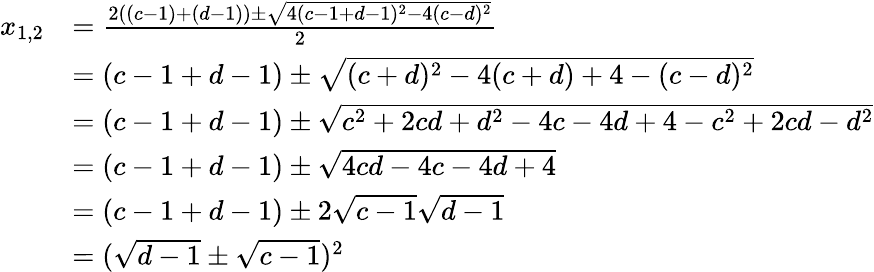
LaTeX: \begin{array}{rl}{x_{1,2}}&{=\frac{2((c-1)+(d-1))\pm\sqrt{4(c-1+d-1)^{2}-4(c-d)^{2}}}{2}}\\ &{=(c-1+d-1)\pm\sqrt{(c+d)^{2}-4(c+d)+4-(c-d)^{2}}}\\ &{=(c-1+d-1)\pm\sqrt{c^{2}+2cd+d^{2}-4c-4d+4-c^{2}+2cd-d^{2}}}\\ &{=(c-1+d-1)\pm\sqrt{4cd-4c-4d+4}}\\ &{=(c-1+d-1)\pm 2\sqrt{c-1}\sqrt{d-1}}\\ &{=(\sqrt{d-1}\pm\sqrt{c-1})^{2}}\end{array}